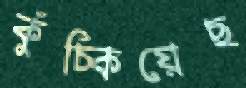
কুঁচ্‌কিয়েছ